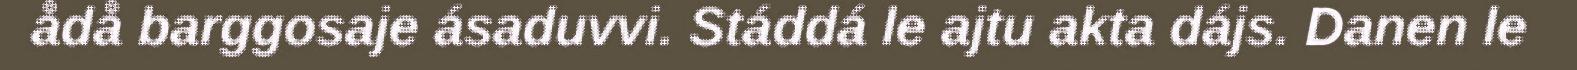
ådå barggosaje ásaduvvi. Stáddá le ajtu akta dájs. Danen le